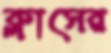
ক্লাসের